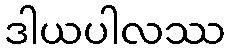
ဒါယပါလဿ